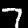
Label: 7